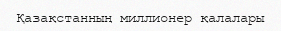
Қазақстанның миллионер қалалары